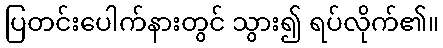
ပြတင်းပေါက်နားတွင် သွား၍ ရပ်လိုက်၏။